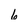
Character: 6